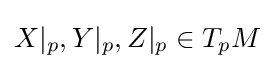
X|_{p},Y|_{p},Z|_{p}\in T_{p}M